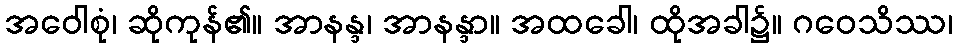
အဝေါစုံ၊ ဆိုကုန်၏။ အာနန္ဒ၊ အာနန္ဒာ။ အထခေါ၊ ထိုအခါ၌။ ဂဝေသိဿ၊